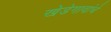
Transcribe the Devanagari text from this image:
खेडेगावांचे